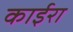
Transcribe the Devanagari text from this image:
काईरा